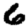
Digit: 6